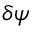
\delta \psi